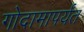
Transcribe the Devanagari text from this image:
गोदामापर्यंत